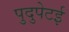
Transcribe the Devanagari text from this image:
पुदुपेटई